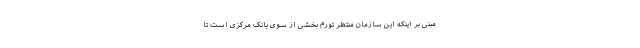
مبنی بر اینکه این سازمان منتظر تورم بخشی از سوی بانک مرکزی است تا